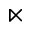
\ltimes